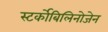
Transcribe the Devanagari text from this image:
स्‍टर्कोबिलिनोजेन